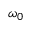
\omega _ { 0 }